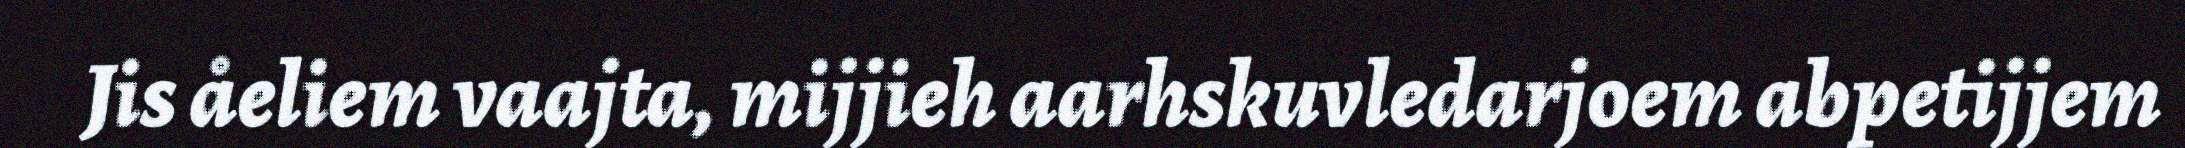
Jis åeliem vaajta, mijjieh aarhskuvledarjoem abpetijjem